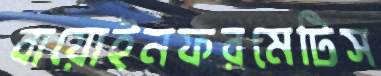
বায়োইনফরমেটিস